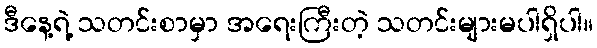
ဒီနေ့ရဲ့ သတင်းစာမှာ အရေးကြီးတဲ့ သတင်းများမပါရှိပါ။